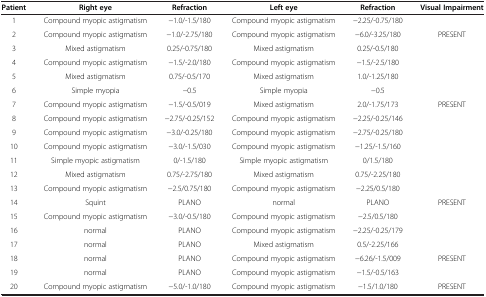
<table><thead><tr><td><b>Patient</b></td><td><b>Right eye</b></td><td><b>Refraction</b></td><td><b>Left eye</b></td><td><b>Refraction</b></td><td><b>Visual Impairment</b></td></tr></thead><tbody><tr><td>1</td><td>Compound myopic astigmatism</td><td>−1.0/-1.5/180</td><td>Compound myopic astigmatism</td><td>−2.25/-0.75/180</td><td> </td></tr><tr><td>2</td><td>Compound myopic astigmatism</td><td>−1.0/-2.75/180</td><td>Compound myopic astigmatism</td><td>−6.0/-3.25/180</td><td>PRESENT</td></tr><tr><td>3</td><td>Mixed astigmatism</td><td>0.25/-0.75/180</td><td>Mixed astigmatism</td><td>0.25/-0.5/180</td><td> </td></tr><tr><td>4</td><td>Compound myopic astigmatism</td><td>−1.5/-2.0/180</td><td>Compound myopic astigmatism</td><td>−1.5/-2.5/180</td><td> </td></tr><tr><td>5</td><td>Mixed astigmatism</td><td>0.75/-0.5/170</td><td>Mixed astigmatism</td><td>1.0/-1.25/180</td><td> </td></tr><tr><td>6</td><td>Simple myopia</td><td>−0.5</td><td>Simple myopia</td><td>−0.5</td><td> </td></tr><tr><td>7</td><td>Compound myopic astigmatism</td><td>−1.5/-0.5/019</td><td>Mixed astigmatism</td><td>2.0/-1.75/173</td><td>PRESENT</td></tr><tr><td>8</td><td>Compound myopic astigmatism</td><td>−2.75/-0.25/152</td><td>Compound myopic astigmatism</td><td>−2.25/-0.25/146</td><td> </td></tr><tr><td>9</td><td>Compound myopic astigmatism</td><td>−3.0/-0.25/180</td><td>Compound myopic astigmatism</td><td>−2.75/-0.25/180</td><td> </td></tr><tr><td>10</td><td>Compound myopic astigmatism</td><td>−3.0/-1.5/030</td><td>Compound myopic astigmatism</td><td>−1.25/-1.5/160</td><td> </td></tr><tr><td>11</td><td>Simple myopic astigmatism</td><td>0/-1.5/180</td><td>Simple myopic astigmatism</td><td>0/1.5/180</td><td> </td></tr><tr><td>12</td><td>Mixed astigmatism</td><td>0.75/-2.75/180</td><td>Mixed astigmatism</td><td>0.75/-2.25/180</td><td> </td></tr><tr><td>13</td><td>Compound myopic astigmatism</td><td>−2.5/0.75/180</td><td>Compound myopic astigmatism</td><td>−2.25/0.5/180</td><td> </td></tr><tr><td>14</td><td>Squint</td><td>PLANO</td><td>normal</td><td>PLANO</td><td>PRESENT</td></tr><tr><td>15</td><td>Compound myopic astigmatism</td><td>−3.0/-0.5/180</td><td>Compound myopic astigmatism</td><td>−2.5/0.5/180</td><td> </td></tr><tr><td>16</td><td>normal</td><td>PLANO</td><td>Compound myopic astigmatism</td><td>−2.25/-0.25/179</td><td> </td></tr><tr><td>17</td><td>normal</td><td>PLANO</td><td>Mixed astigmatism</td><td>0.5/-2.25/166</td><td> </td></tr><tr><td>18</td><td>normal</td><td>PLANO</td><td>Compound myopic astigmatism</td><td>−6.26/-1.5/009</td><td>PRESENT</td></tr><tr><td>19</td><td>normal</td><td>PLANO</td><td>Compound myopic astigmatism</td><td>−1.5/-0.5/163</td><td> </td></tr><tr><td>20</td><td>Compound myopic astigmatism</td><td>−5.0/-1.0/180</td><td>Compound myopic astigmatism</td><td>−1.5/1.0/180</td><td>PRESENT</td></tr></tbody></table>